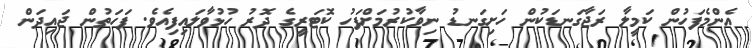
އެންމެފަހުން ކަމީލާ ރަޖާގަނޑަކުން ހަށިގަނޑު ނިވާކުރުމަށްފަހު ކޮޓަރީގެ ދޮރު ހުޅުވާލައިފިއެވެ. ފަހަތުން ޖައިދަން